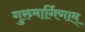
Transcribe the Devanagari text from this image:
गुरुमार्गिणाम्